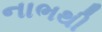
નાભથી